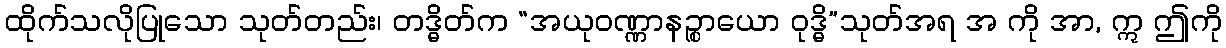
ထိုက်သလိုပြုသော သုတ်တည်း၊ တဒ္ဓိတ်က “အယုဝဏ္ဏာနဉ္စာယော ဝုဒ္ဓိ”သုတ်အရ အ ကို အာ, ဣ ဤကို